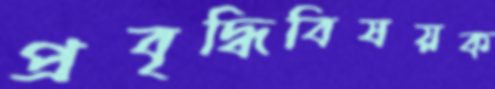
প্রবৃদ্ধিবিষয়ক